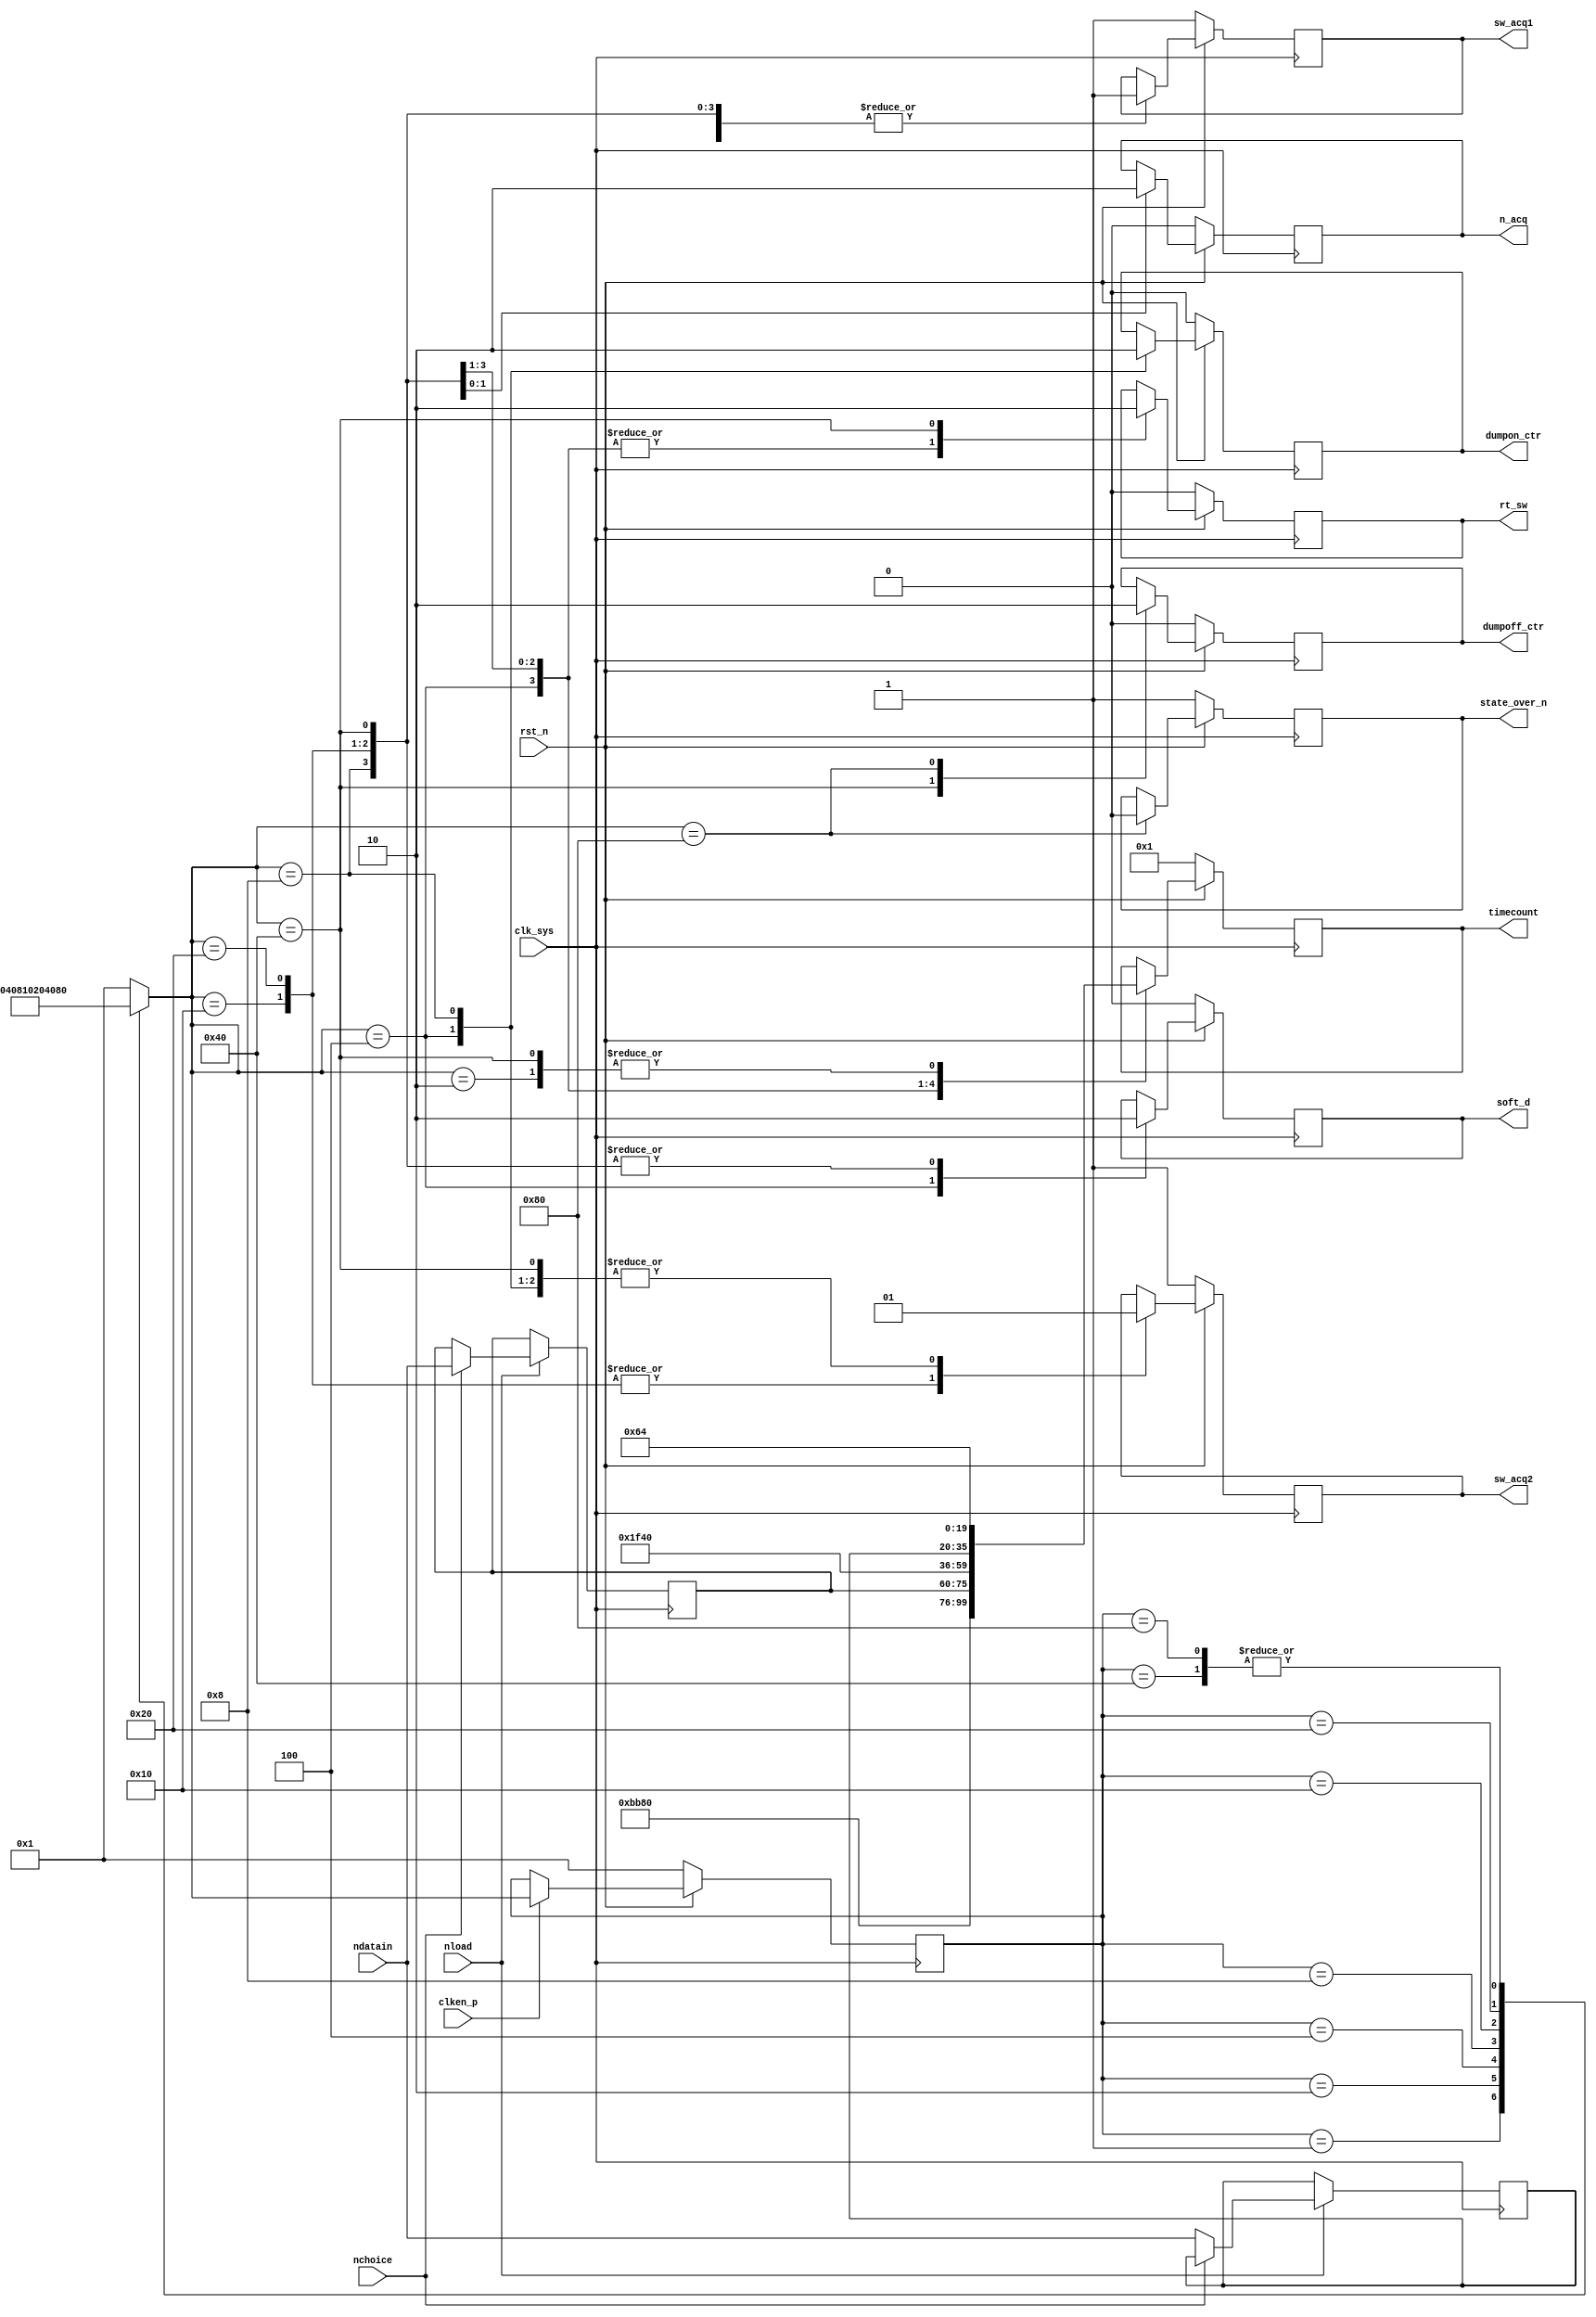
// noisestate.v

module noisestate(
                  clk_sys,          //
                  clken_p,
                  rst_n,          //
                  dumpon_ctr,
                  dumpoff_ctr,
                  soft_d,           //SOFT_DUMP
                  rt_sw,            //RT_SW
                  sw_acq1,          //SW_ACQ1
                  sw_acq2,          //SW_ACQ2
                  timecount,        //
                  n_acq,            //
                  state_over_n,         //
                  nload,
                  nchoice,
                  ndatain
                  );



parameter [7:0] IDLE        = 8'b00000001,
                INIT        = 8'b00000010,
                N_SOFTDUMP  = 8'b00000100,
                N_DECOPEN   = 8'b00001000,
                N_SWICHOPEN = 8'b00010000,
                N_ACQUITION = 8'b00100000,
                CUT_DECO    = 8'b01000000,
                STOP        = 8'b10000000;


input  clk_sys;            //
input  clken_p;
input  rst_n;            //
input  nload;
input  nchoice;
input  [15:0] ndatain;

output dumpon_ctr;
output dumpoff_ctr;

output soft_d;             //SOFT_DUMP
output rt_sw;              //RT_SW
output sw_acq1;            //SW_ACQ1
output sw_acq2;            //SW_ACQ2
output [19:0] timecount;   //
output n_acq;              //
output state_over_n;          //

reg dumpon_ctr;
reg dumpoff_ctr;

reg    soft_d;             //SOFT_DUMP
reg    rt_sw;              //RT_SW
reg    sw_acq1;            //SW_ACQ1
reg    sw_acq2;            //SW_ACQ2
reg    [19:0] timecount;   //
reg    n_acq;              //
reg    state_over_n;          //
//reg    [9:0] noisestate;    //
reg    [15:0] acqtime;
reg    [15:0] dectime;


always @ (posedge clk_sys)
    begin
         if(nload == 1'b1)
             begin
                  if(nchoice)
                      begin
                           dectime <= ndatain;
                      end
                  else
                      begin
                           acqtime <= ndatain;
                      end
            end
        else
            begin
                 dectime <= dectime;
                 acqtime <= acqtime;
            end
    end

reg[7:0] CS;
reg[7:0] NS;


always @ (posedge clk_sys)
   if(rst_n == 1'b0) 
       CS <= IDLE;
   else       
       if(clken_p)
           CS <= NS;

always @ (CS)
    begin
        case(CS)
            IDLE: 
                NS = INIT; 
            INIT:           
                NS = N_SOFTDUMP;
             N_SOFTDUMP:                //DEC
                NS = N_DECOPEN;       
             N_DECOPEN:                 //DEC
                NS = N_SWICHOPEN;       
             N_SWICHOPEN:               //
                NS = N_ACQUITION;       
             N_ACQUITION:               //
                NS = CUT_DECO;          
             CUT_DECO:                  //DEC 
                NS = STOP;          
             STOP:                      //                   
                NS = STOP; 
            default:
                NS = IDLE;
        endcase 
    end

always @ (posedge clk_sys)
    begin
        if(rst_n == 1'b0)
            begin
                timecount <= 1;      //
                dumpon_ctr <= 1'b0;
                dumpoff_ctr <= 1'b0;
                soft_d  <= 0;        //DECDECDECOUPLE
                rt_sw   <= 0;       
                sw_acq1 <= 1;        //
                sw_acq2 <= 1;      
                n_acq    <= 0;       //                             
                state_over_n <= 1;    //
            end        
        else
            begin
                case(NS)
                    IDLE:  
                        ; 
                    INIT:            
                        timecount <= 100;
                    N_SOFTDUMP:                   //DEC
                        begin
                            dumpon_ctr <= 1'b1;
                            soft_d  <= 1;        //
                            rt_sw   <= 1;       
                            sw_acq1 <= 1;        //
                            sw_acq2 <= 1;                 
           
                            timecount <= 3000;    //
                        end  
                    N_DECOPEN:                      //DEC
                        begin
                            dumpon_ctr <= 1'b0;
                            soft_d  <= 0;        //DEC
                            rt_sw   <= 1;           
                            sw_acq1 <= 1;        //
                            sw_acq2 <= 1;                        
           
                            timecount <= dectime;            //
                        end           
                    N_SWICHOPEN:                    //
                        begin
                            soft_d  <= 0;        //DEC
                            rt_sw   <= 1;           
                            sw_acq1 <= 1;        //
                            sw_acq2 <= 0;

                            timecount <= 500;               //
                        end 
                    N_ACQUITION:                    //
                        begin
                            soft_d  <= 0;        //DEC
                            rt_sw   <= 1;           
                            sw_acq1 <= 1;        //
                            sw_acq2 <= 0;           
                            n_acq   <= 1;        //

                            timecount <= acqtime;              //
                        end 
                    CUT_DECO:                       //DEC 
                        begin
                            dumpoff_ctr <= 1'b1;
                            soft_d  <= 0;         //DEC
                            rt_sw   <= 0;           
                            sw_acq1 <= 1;         //
                            sw_acq2 <= 1;           
                            n_acq   <= 0;         //

                            timecount <= 100;      //
                        end  

                    STOP:                          //   
                        begin
                            dumpoff_ctr <= 1'b0;
                            state_over_n <= 0;    //
                        end  
                    default:
                        ;
               endcase
           end
    end

endmodule